Civil Veterinary Department. United Provinces 1932-42 - 1932-1942
Year: 1932
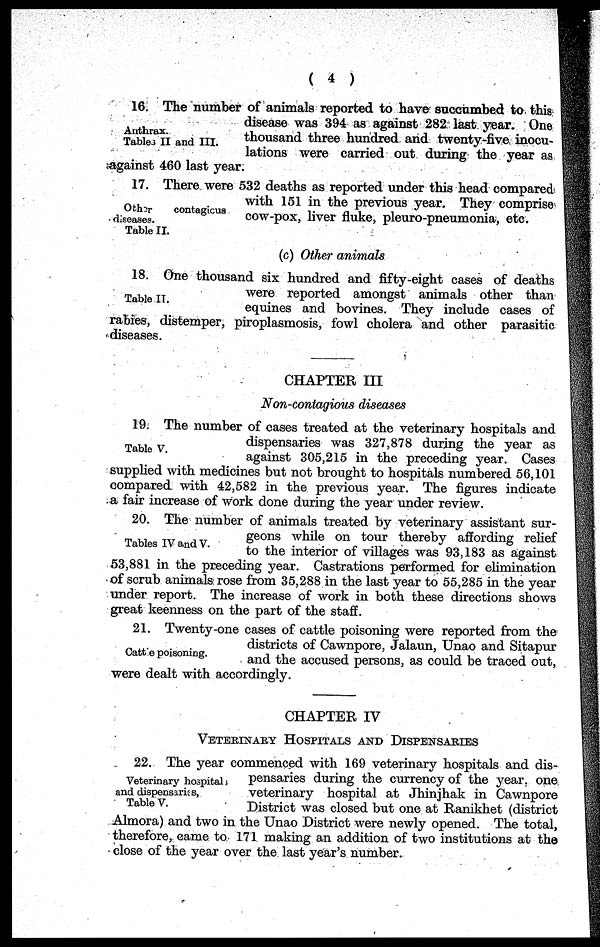
(4)
Anthrax.
Tables II and III.
16. The number of animals reported to have succumbed to this
disease was 394 as against 282 last year. One
thousand three hundred and twenty-five inocu-
lations were carried out during the year as
against 460 last year.
Other
contagious
diseases.
Table II.
17. There were 532 deaths as reported under this head compared
with 151 in the previous year. They comprise
cow-pox, liver fluke, pleuro-pneumonia, etc.
(c) Other animals
Table II.
18. One thousand six hundred and fifty-eight cases of deaths
were reported amongst animals other than
equines and bovines. They include cases of
rabies, distemper, piroplasmosis, fowl cholera and other parasitic
diseases.
CHAPTER III
Non-contagious diseases
Table V.
19. The number of cases treated at the veterinary hospitals and
dispensaries was 327,878 during the year as
against 305,215 in the preceding year. Cases
supplied with medicines but not brought to hospitals numbered 56,101
compared with 42,582 in the previous year. The figures indicate
a fair increase of work done during the year under review.
Tables IV and V.
20. The number of animals treated by veterinary assistant sur-
geons while on tour thereby affording relief
to the interior of villages was 93,183 as against
53,881 in the preceding year. Castrations performed for elimination
of scrub animals rose from 35,288 in the last year to 55,285 in the year
under report. The increase of work in both these directions shows
great keenness on the part of the staff.
Cattle poisoning.
21. Twenty-one cases of cattle poisoning were reported from the
districts of Cawnpore, Jalaun, Unao and Sitapur
and the accused persons, as could be traced out,
were dealt with accordingly.
CHAPTER IV
VETERINARY HOSPITALS AND DISPENSARIES
Veterinary hospital
and dispensaries,
Table V.
22. The year commenced with 169 veterinary hospitals and dis-
pensaries during the currency of the year, one
veterinary hospital at Jhinjhak in Cawnpore
District was closed but one at Ranikhet (district
Almora) and two in the Unao District were newly opened. The total,
therefore, came to 171 making an addition of two institutions at the
close of the year over the last year's number.